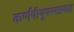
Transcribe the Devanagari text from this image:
कर्णपीयूषरसप्रवाह